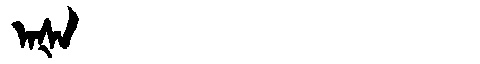
Manchu: ᠠᡧᠠ
Romanization: AŠA